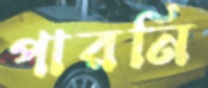
পারনি